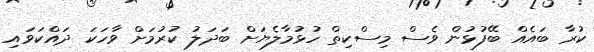
ކުރާ ބައެއް ބޭފުޅުން ވެސް މިސްކިތް ހުޅުމާލެޔަށް ބަދަލު ކުރުމަށް ވާހަކަ ދައްކަވައި